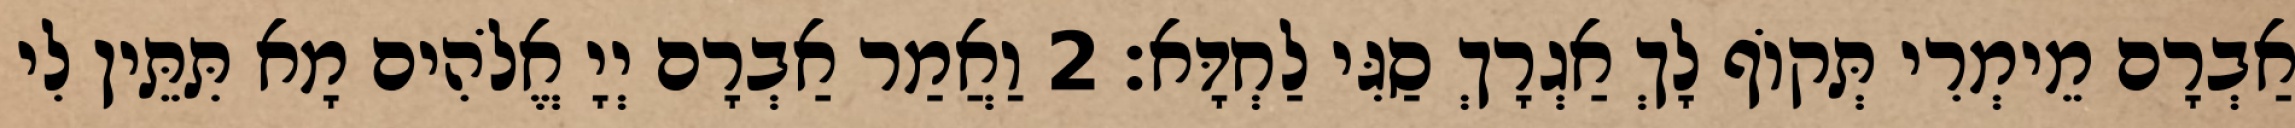
אַבְרָם מֵימְרִי תְּקוֹף לָךְ אַגְרָךְ סַגִּי לַחְדָּא׃ 2 וַאֲמַר אַבְרָם יְיָ אֱלֹהִים מָא תִּתֵּין לִי